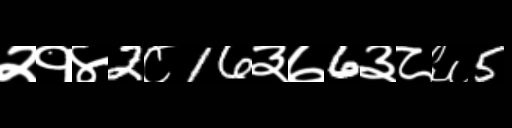
Text: २१४2८16३७6३८६5